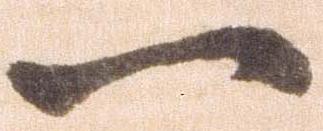
一